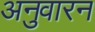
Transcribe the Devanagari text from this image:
अनुवारन